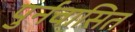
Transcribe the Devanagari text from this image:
पुर्नवासित